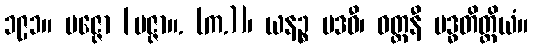
၁၉၁။ ပဇ္ဇော [ပဇ္ဇာ။. (က.)]၊ ယနဉ္စ ပဒဝီ၊ ဝတ္တနီ ပဒ္ဓတိတ္ထိယံ။